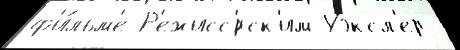
ф'и́льм'е Р'ежисс'́рск'им Уэксл'ер